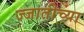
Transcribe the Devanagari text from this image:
ज्जातीच्या